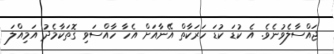
ޖައްސާލެވުނެވެ. އެ ކުޑަ ކުޑަ ހަރަކާތް އޭނާއަށް އެހާ ހާއްސަވި ގޮތަކާމެދު އަމިއްލަ